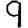
Digit: 9